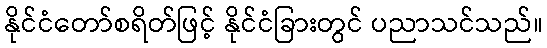
နိုင်ငံတော်စရိတ်ဖြင့် နိုင်ငံခြားတွင် ပညာသင်သည်။